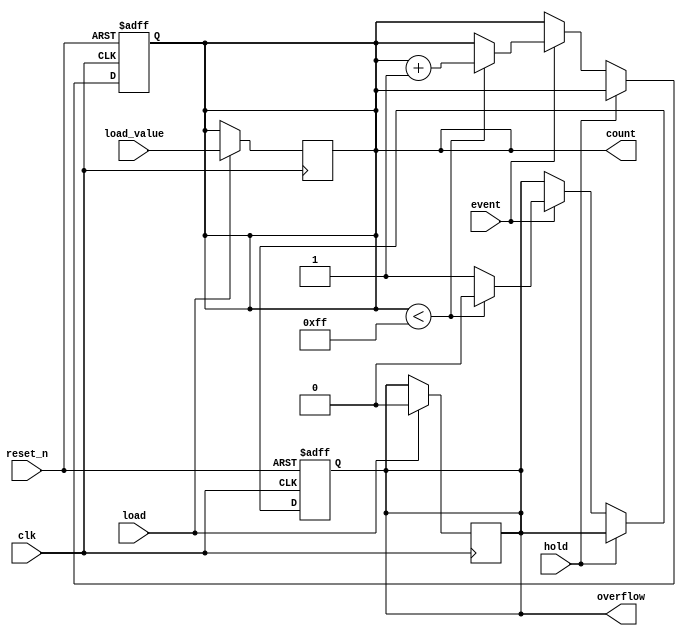
module DigitalEventCounter #(
    parameter COUNTER_WIDTH = 8, // Width of the counter (number of bits)
    parameter MEMORY_WIDTH = 8    // Width of the memory block (number of bits)
) (
    input wire clk,                // Clock signal
    input wire event,              // Event input signal
    input wire reset_n,            // Asynchronous active-low reset
    input wire hold,               // Hold signal
    input wire load,               // Load signal
    input wire [MEMORY_WIDTH-1:0] load_value, // Value to load into the counter
    output reg [COUNTER_WIDTH-1:0] count,      // Current count output
    output reg overflow            // Overflow flag
);

    // Initial count value
    initial begin
        count = 0;
        overflow = 0;
    end

    // Counter logic
    always @(posedge clk or negedge reset_n) begin
        if (!reset_n) begin
            // Asynchronous reset
            count <= 0;
            overflow <= 0;
        end else if (!hold) begin
            // Increment the counter on event
            if (event) begin
                if (count < (1 << COUNTER_WIDTH) - 1) begin
                    count <= count + 1;
                    overflow <= 0; // Reset overflow if not reached maximum
                end else begin
                    overflow <= 1; // Set overflow if maximum reached
                end
            end
        end
    end

    // Load value into the counter
    always @(posedge clk) begin
        if (load) begin
            count <= load_value; // Load specified value into counter
            overflow <= 0;       // Reset overflow on load
        end
    end

endmodule